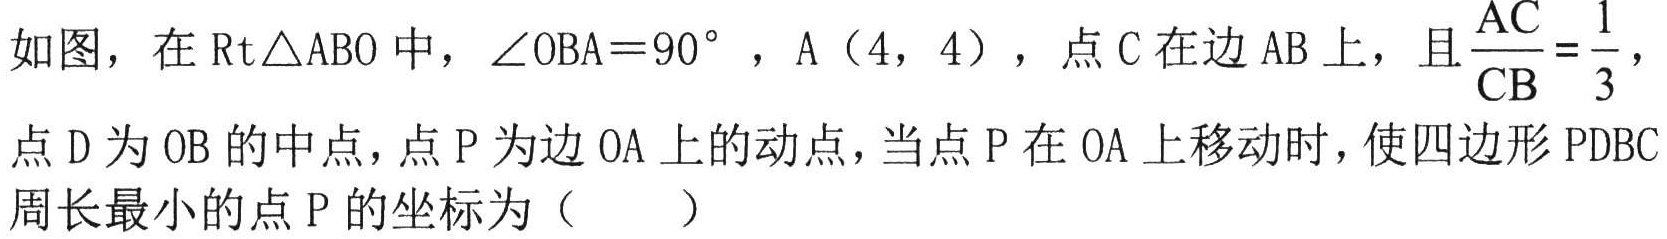
如图，在\(\mathrm{Rt}\triangle \mathrm{ABO}\)中，\(\angle \mathrm{OBA}=90^{\circ}\)，\(\mathrm{A}(4,4)\)，点\(\mathrm{C}\)在边\(\mathrm{AB}\)上，且\(\frac{\mathrm{AC}}{\mathrm{CB}}=\frac{1}{3}\)，
点\(\mathrm{D}\)为\(\mathrm{OB}\)的中点，点\(\mathrm{P}\)为边\(\mathrm{OA}\)上的动点，当点\(\mathrm{P}\)在\(\mathrm{OA}\)上移动时，使四边形\(\mathrm{PDBC}\)
周长最小的点\(\mathrm{P}\)的坐标为（  ）